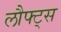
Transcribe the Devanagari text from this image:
लौफ्ट्स